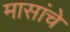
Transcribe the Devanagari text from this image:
मासांचे